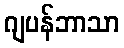
ဂျပန်ဘာသာ